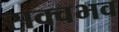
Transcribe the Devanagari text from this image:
सक्वभव